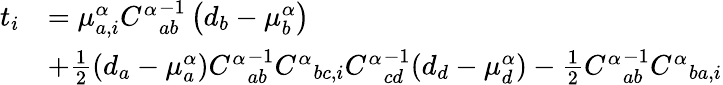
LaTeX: \begin{array}{rl}{t_{i}}&{=\mu_{a,i}^{\alpha}{C^{\alpha}}_{ab}^{-1}\left({d_{b}-\mu_{b}^{\alpha}}\right)}\\ &{+\frac{1}{2}(d_{a}-\mu_{a}^{\alpha}){C^{\alpha}}_{ab}^{-1}{C^{\alpha}}_{bc,i}{C^{\alpha}}_{cd}^{-1}(d_{d}-\mu_{d}^{\alpha})-\frac{1}{2}{C^{\alpha}}_{ab}^{-1}{C^{\alpha}}_{ba,i}}\end{array}